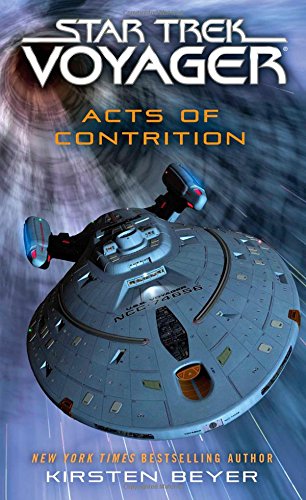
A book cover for Star Trek: Voyager: Acts of Contrition; Kirsten Beyer; Science Fiction & Fantasy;